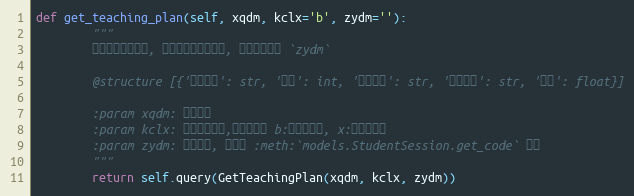
Language: Python
def get_teaching_plan(self, xqdm, kclx='b', zydm=''):
        """
        专业教学计划查询, 可以查询全校公选课, 此时可以不填 `zydm`

        @structure [{'开课单位': str, '学时': int, '课程名称': str, '课程代码': str, '学分': float}]

        :param xqdm: 学期代码
        :param kclx: 课程类型参数,只有两个值 b:专业必修课, x:全校公选课
        :param zydm: 专业代码, 可以从 :meth:`models.StudentSession.get_code` 获得
        """
        return self.query(GetTeachingPlan(xqdm, kclx, zydm))